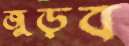
জুড়ব